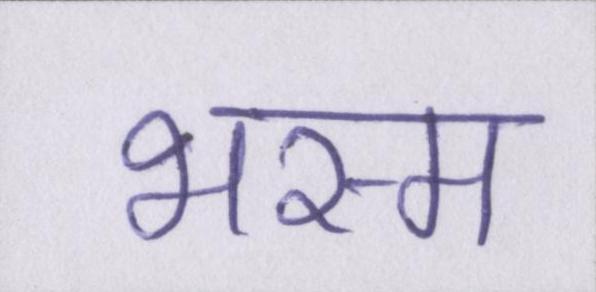
भस्म